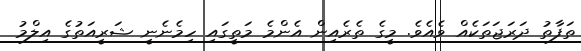
ތަފާތު ދަރަޖަތަކެއް ވެއެވެ. މީގެ ތެރެއިން އެންމެ މަތީގައި ހިމެނެނީ ޝަރީއަތުގެ އިލްމު